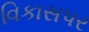
વિકાસપર